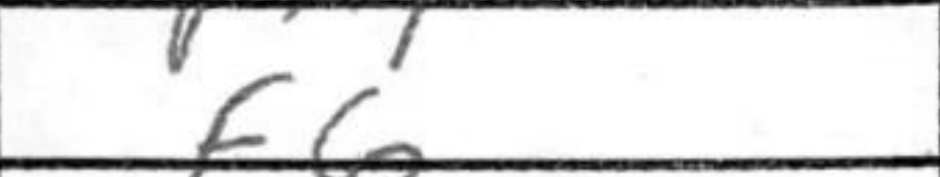
Transcription: f6